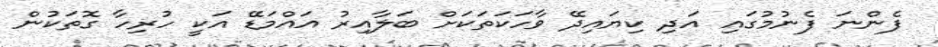
ފެންނަ ފެނުމުގައި އަދި ކިޔައިދޭ ވާހަކަތަކަށް ބަލާއިރު އައްމަޑޭ އަކީ ހުރިހާ ގޮތަކުން